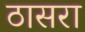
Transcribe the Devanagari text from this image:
ठासरा